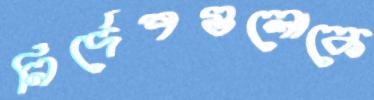
নির্দেশগুলোকে